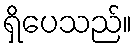
ရှိပေသည်။